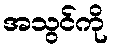
အသွင်ကို